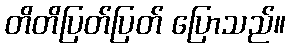
တိတိပြတ်ပြတ် ပြောသည်။